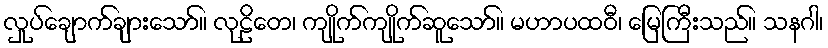
လှုပ်ချောက်ချားသော်။ လုဠိတေ၊ ကျိုက်ကျိုက်ဆူသော်။ မဟာပထဝီ၊ မြေကြီးသည်။ သနဂါ၊